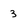
Character: 3